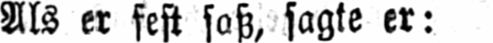
Als er fest saß, sagte er: